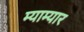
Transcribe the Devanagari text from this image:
म्याम्यार